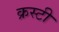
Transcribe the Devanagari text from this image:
क्रस्टी